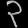
Digit: ၃